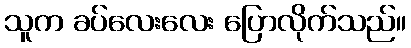
သူက ခပ်လေးလေး ပြောလိုက်သည်။